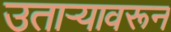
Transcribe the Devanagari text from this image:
उताऱ्यावरून